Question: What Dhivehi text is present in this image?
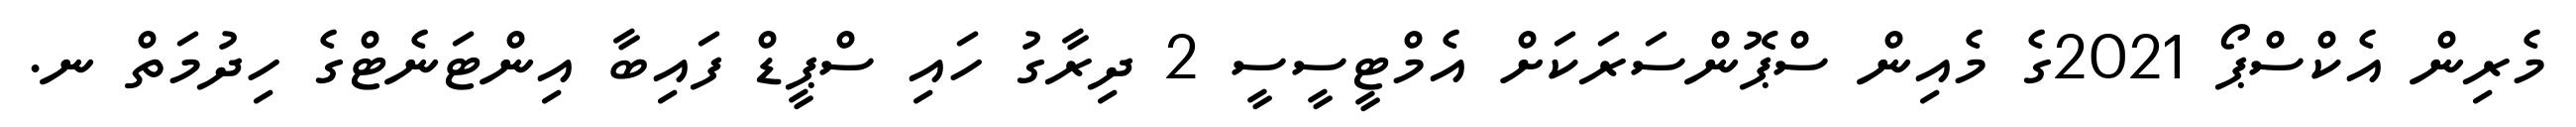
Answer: މެރިން އެކްސްޕޯ 2021ގެ މެއިން ސްޕޮންސަރަކަށް އެމްޓީސީސީ 2 ދިރާގު ހައި ސްޕީޑް ފައިބާ އިންޓަނެޓްގެ ހިދުމަތް ނ.